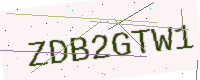
Text: ZDB2GTW1